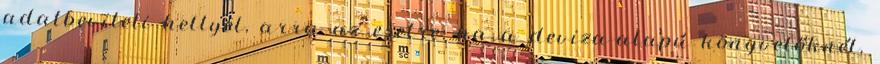
adatbeviteli hellyel, arra az esetre, ha a deviza-alapú könyvelőknél,